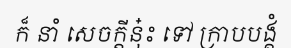
ក៏ នាំ សេចក្តីនុ៎ះ ទៅ ក្រាបបង្គំ